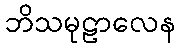
ဘိသမုဠာလေန